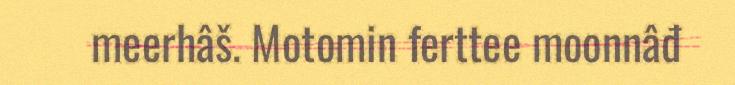
meerhâš. Motomin ferttee moonnâđ